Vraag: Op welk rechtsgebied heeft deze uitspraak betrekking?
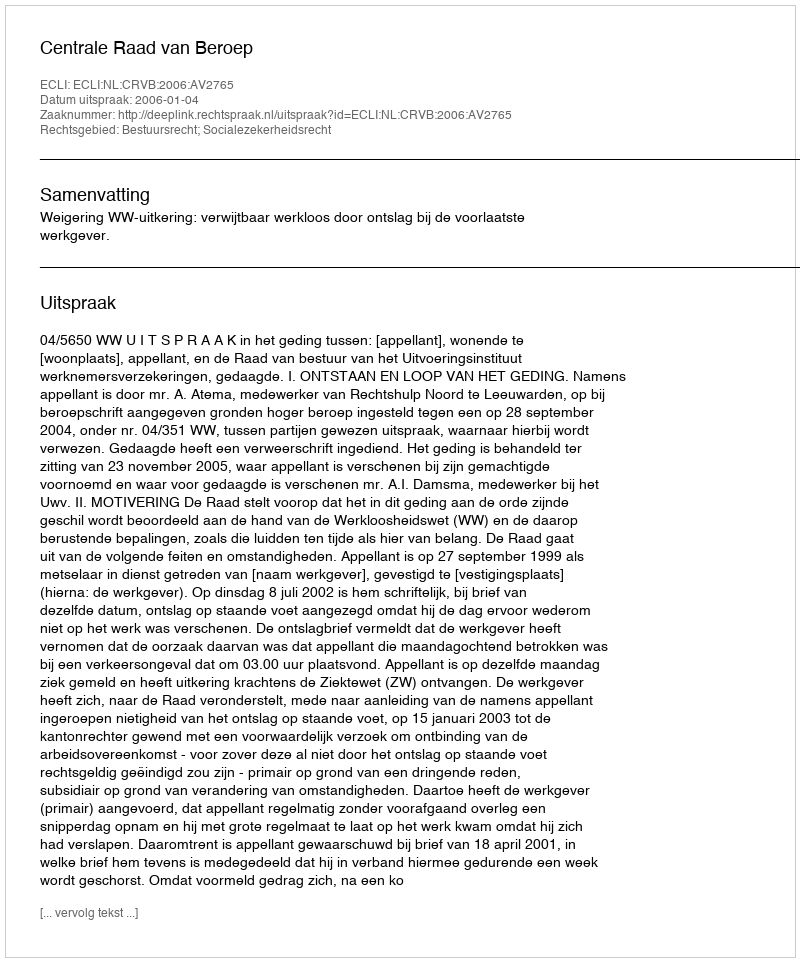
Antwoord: Bestuursrecht; Socialezekerheidsrecht